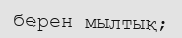
берен мылтық;